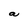
Character: a